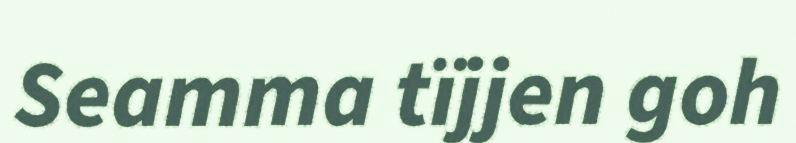
Seamma tïjjen goh